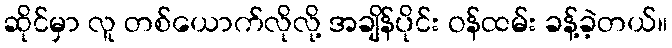
ဆိုင်မှာ လူ တစ်ယောက်လိုလို့ အချိန်ပိုင်း ဝန်ထမ်း ခန့်ခဲ့တယ်။